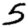
Digit: 5